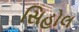
સિહોલ